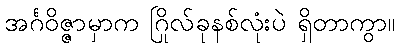
အင်္ဂဝိဇ္ဇာမှာက ဂြိုလ်ခုနစ်လုံးပဲ ရှိတာကွာ။